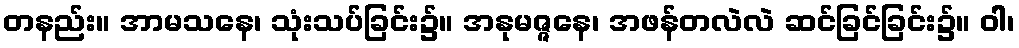
တနည်း။ အာမသနေ၊ သုံးသပ်ခြင်း၌။ အနုမဇ္ဇနေ၊ အဖန်တလဲလဲ ဆင်ခြင်ခြင်း၌။ ဝါ၊